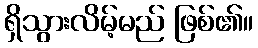
ရှိသွားလိမ့်မည် ဖြစ်၏။